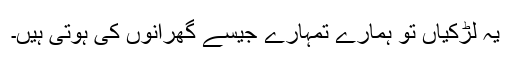
یہ لڑکیاں تو ہمارے تمہارے جیسے گھرانوں کی ہوتی ہیں۔